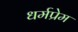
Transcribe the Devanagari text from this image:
धर्मप्रेम